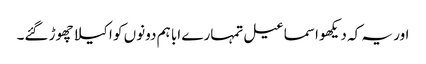
اور یہ کہ دیکھو اسماعیل تمہارے ابا ہم دونوں کو اکیلا چھوڑ گئے۔